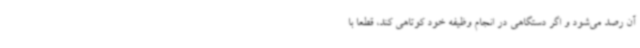
آن رصد می‌شود و اگر دستگاهی در انجام وظیفه خود کوتاهی کند، قطعا با